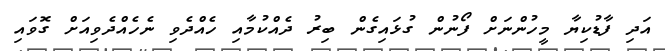
އަދި ފާޑުކިޔާ މީހުންނަށް ފޯނުން ގުޅައިގެން ބިރު ދެއްކުމާއި ހެއްދެވި ނެހެއްދެވިއަށް ގޮވައި